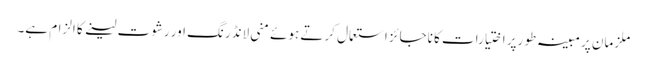
ملزمان پر مبینہ طو رپر اختیارات کا ناجائز استعمال کرتے ہوئے منی لانڈرنگ اور رشوت لینے کا الزام ہے۔